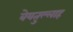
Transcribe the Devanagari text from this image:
बेयतुल्लाह